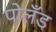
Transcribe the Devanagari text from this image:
पोलँड